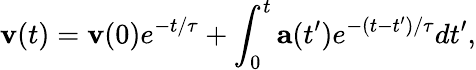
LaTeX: \mathbf{v}(t)=\mathbf{v}(0)e^{-t/\tau}+\int_{0}^{t}\mathbf{a}(t^{\prime})e^{-(t-t^{\prime})/\tau}dt^{\prime},